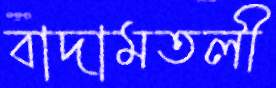
বাদামতলী